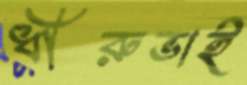
ধীরুভাই